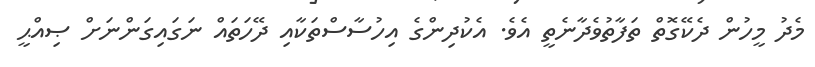
މެދު މީހުން ދެކޭގޮތް ތަފާތުވެދާނެތީ އެވެ. އެކުދިންގެ އިހުސާސްތަކާއި ދޭހަތައް ނަގައިގަންނަށް ޞިއްޙީ